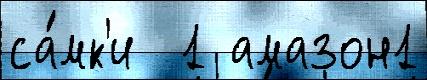
са́мк'и  1 амазон1